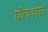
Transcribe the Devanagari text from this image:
घोंगावणारा